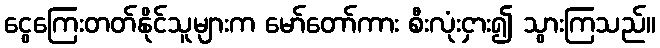
ငွေကြေးတတ်နိုင်သူများက မော်တော်ကား စီးလုံးငှား၍ သွားကြသည်။